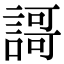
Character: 謌